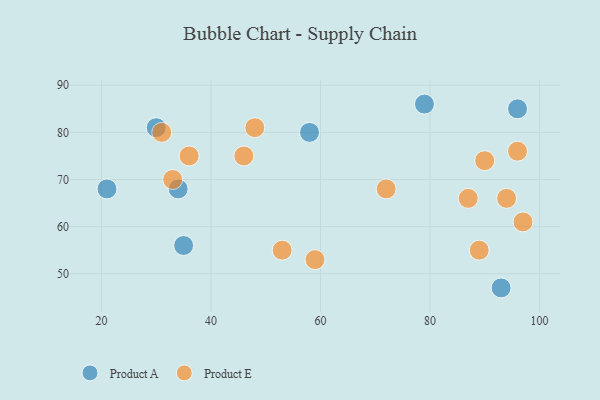
{"axis": {"x": "GDP", "y": "Life Expectancy"}, "legend": ["Product A", "Product E"], "data": [{"x": "58", "y": 80, "type": "Product A"}, {"x": "35", "y": 56, "type": "Product A"}, {"x": "30", "y": 81, "type": "Product A"}, {"x": "79", "y": 86, "type": "Product A"}, {"x": "93", "y": 47, "type": "Product A"}, {"x": "96", "y": 85, "type": "Product A"}, {"x": "21", "y": 68, "type": "Product A"}, {"x": "34", "y": 68, "type": "Product A"}, {"x": "36", "y": 75, "type": "Product E"}, {"x": "31", "y": 80, "type": "Product E"}, {"x": "89", "y": 55, "type": "Product E"}, {"x": "53", "y": 55, "type": "Product E"}, {"x": "48", "y": 81, "type": "Product E"}, {"x": "87", "y": 66, "type": "Product E"}, {"x": "90", "y": 74, "type": "Product E"}, {"x": "72", "y": 68, "type": "Product E"}, {"x": "59", "y": 53, "type": "Product E"}, {"x": "94", "y": 66, "type": "Product E"}, {"x": "46", "y": 75, "type": "Product E"}, {"x": "96", "y": 76, "type": "Product E"}, {"x": "97", "y": 61, "type": "Product E"}, {"x": "33", "y": 70, "type": "Product E"}]}